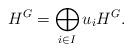
LaTeX: \begin{align*}H^G = \bigoplus_{i \in I}u_iH^G.\end{align*}